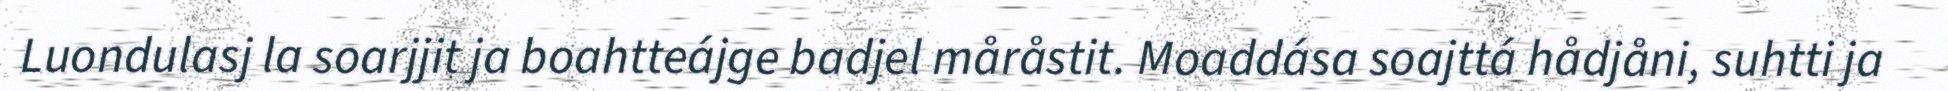
Luondulasj la soarjjit ja boahtteájge badjel måråstit. Moaddása soajttá hådjåni, suhtti ja